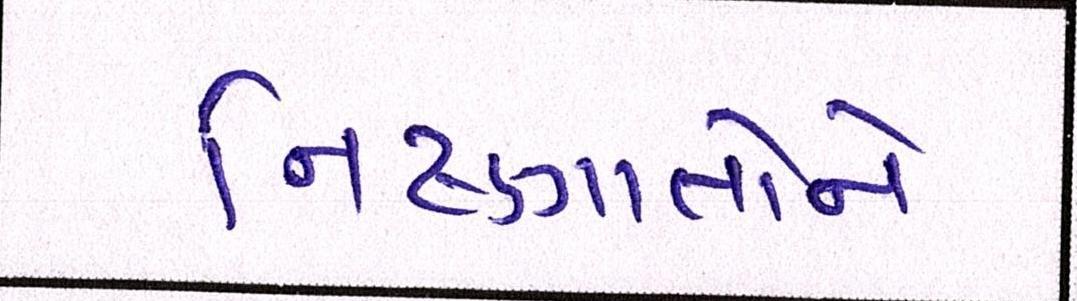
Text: નિષ્ણાતોને